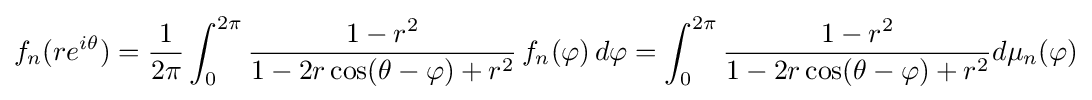
f_{n}(re^{i\theta })={1 \over 2\pi }\int _{0}^{2\pi }{1-r^{2} \over 1-2r\cos(\theta -\varphi )+r^{2}}\,f_{n}(\varphi )\,d\varphi =\int _{0}^{2\pi }{1-r^{2} \over 1-2r\cos(\theta -\varphi )+r^{2}}d\mu _{n}(\varphi )